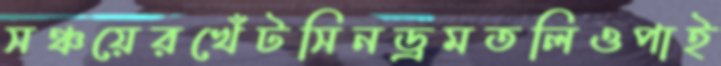
সঞ্চয়েরখেঁটসিনড্রমতলিওপাই